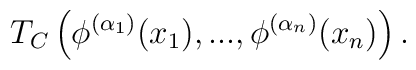
T_C \left( \phi^{(\alpha_1)} (x_1), ...,  \phi^{(\alpha_n)} (x_n) \right) .